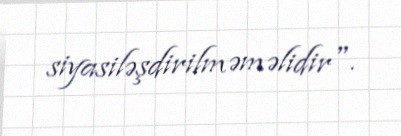
siyasiləşdirilməməlidir".